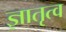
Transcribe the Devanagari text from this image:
ज्ञातृत्व